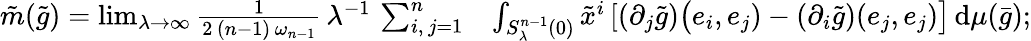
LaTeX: \begin{array}{rl}{\tilde{m}(\tilde{g})=\operatorname*{lim}_{\lambda\to\infty}\frac{1}{2\, (n-1)\, \omega_{n-1}}\, \lambda^{-1}\, \sum_{i,\, j=1}^{n}}&{\int_{S_{\lambda}^{n-1}(0)}\tilde{x}^{i}\, [(\partial_{j}\tilde{g})\big(e_{i},e_{j})-(\partial_{i}\tilde{g})(e_{j},e_{j})\big]\, \mathrm{d}\mu(\bar{g});}\end{array}